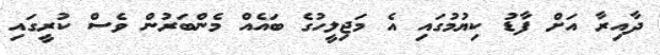
ދާއިރާ އަށް ފާޑު ކިޔުމުގައި އެ މަޖިލީހުގެ ބައެއް މެންބަރުން ވެސް ކުރީގައި